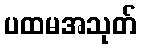
ပထမအသုတ်